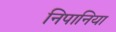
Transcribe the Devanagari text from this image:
निपानिया